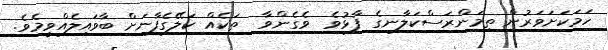
ހަމަކަށަވަރުން ތިމަންރަސްކަލާނގެ ފާޅުވެ  ވެގެންވާ  ތަކެއް ކަލޭގެފާނަށް ބާވައިލެއްވީމެވެ.